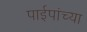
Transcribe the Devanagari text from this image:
पाईपांच्या